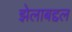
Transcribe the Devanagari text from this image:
झेलाबद्दल